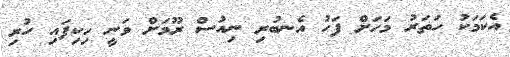
އެކަމަކު ހަތަރު މަހަށް ފަހު އެނބުރި ނިއުސް ރޫމަށް ވަނީ ހިކިފައި ހުރި